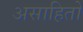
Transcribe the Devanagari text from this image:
असाहितो